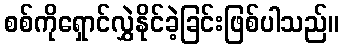
စစ်ကိုရှောင်လွှဲနိုင်ခဲ့ခြင်းဖြစ်ပါသည်။